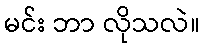
မင်း ဘာ လိုသလဲ။